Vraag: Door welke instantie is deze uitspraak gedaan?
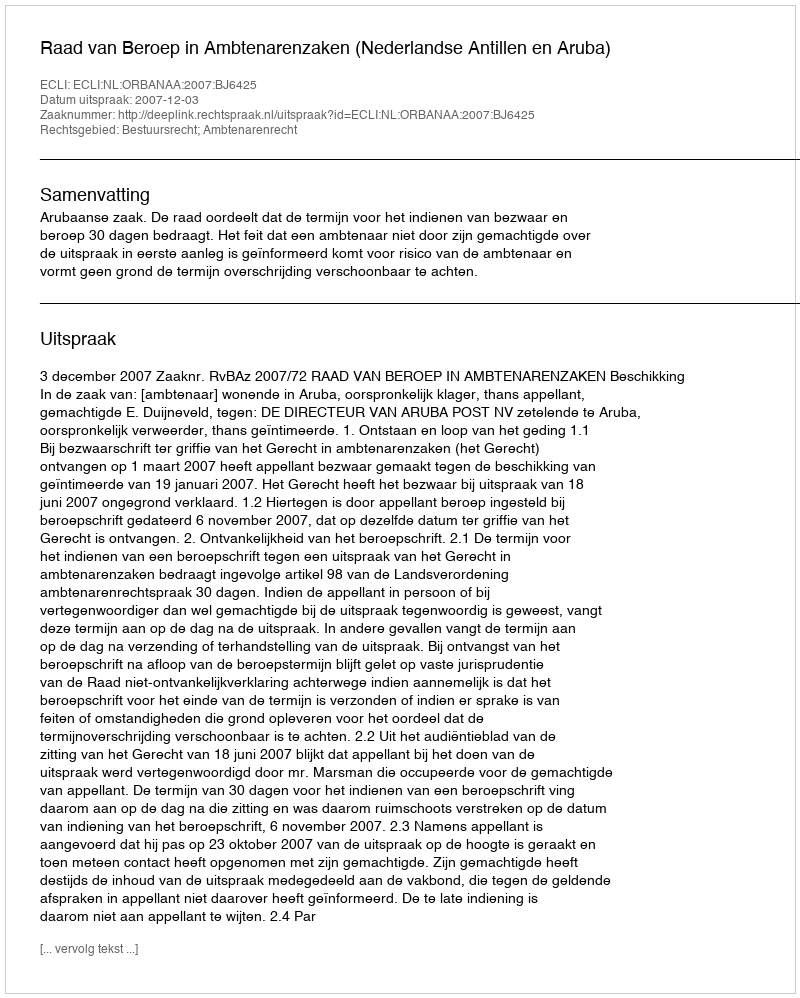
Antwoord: Raad van Beroep in Ambtenarenzaken (Nederlandse Antillen en Aruba)